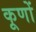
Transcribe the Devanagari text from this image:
कूणों